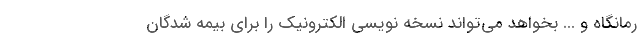
رمانگاه و ... بخواهد می‌تواند نسخه نویسی الکترونیک را برای بیمه شدگان